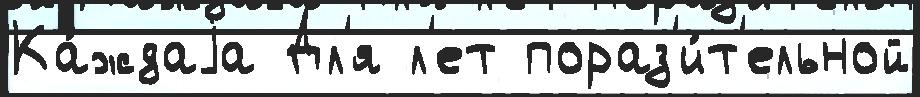
Ка́ждаjа Дл'я л'ет пораз'и́т'ельной